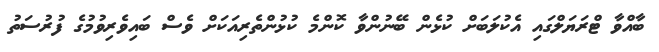
ބާއްވާ ޓްރަޔަލްގައި އެކުލަބަށް ކުޅެން ބޭނުންވާ ކޮންމެ ކުޅުންތެރިއަކަށް ވެސް ބައިވެރިވުމުގެ ފުރުސަތު